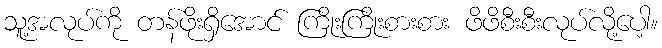
သူ့အလုပ်ကို တန်ဖိုးရှိအောင် ကြိုးကြိုးစားစား ဖိဖိစီးစီးလုပ်လို့ပေါ့။